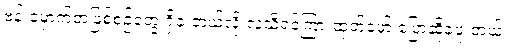
ဗန်းမှောက်တဲ့ဖြစ်စဉ်တွေ ရှိခဲ့ တယ်လို့ လူသိရှင်ကြားထုတ်ဖော် ပြောဆိုခဲ့ဖူးတယ်။